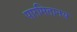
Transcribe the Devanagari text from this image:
पारमितानय